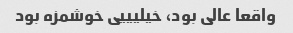
واقعا عالی بود، خیلیییی خوشمزه بود